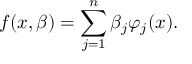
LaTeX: f ( x , { \boldsymbol { \beta } } ) = \sum _ { j = 1 } ^ { n } \beta _ { j } \varphi _ { j } ( x ) .